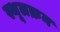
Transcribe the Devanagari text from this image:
स्थूलक्रम